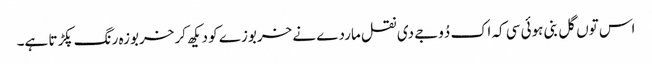
اس توں گل بنی ہوئی سی کہ اک دُوجے دی نقل ماردے نے خربوزے کو دیکھ کر خربوزہ رنگ پکڑتا ہے۔